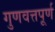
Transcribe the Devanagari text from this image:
गुणवत्तपूर्ण